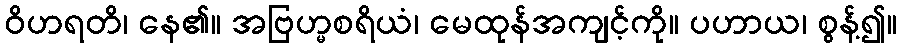
ဝိဟရတိ၊ နေ၏။ အဗြဟ္မစရိယံ၊ မေထုန်အကျင့်ကို။ ပဟာယ၊ စွန့်၍။